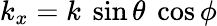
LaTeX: k_{x}=k~\sin\theta~\cos\phi